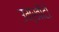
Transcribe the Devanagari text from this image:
उम्खोंटो